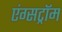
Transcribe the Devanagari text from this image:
एंग्सट्रॉम